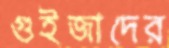
গুইজাদের